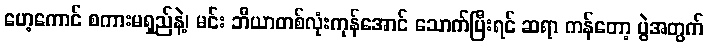
ဟေ့ကောင် စကားမရှည်နဲ့၊ မင်း ဘီယာတစ်လုံးကုန်အောင် သောက်ပြီးရင် ဆရာ ကန်တော့ ပွဲအတွက်